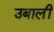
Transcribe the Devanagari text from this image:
उबालीं